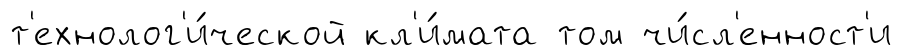
т'ехнолог'и́ческой кл'и́мата том чи́сл'енност'и